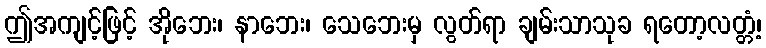
ဤအကျင့်ဖြင့် အိုဘေး၊ နာဘေး၊ သေဘေးမှ လွတ်ရာ ချမ်းသာသုခ ရတော့လတ္တံ့၊